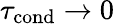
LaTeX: \tau_{\mathrm{cond}}\rightarrow 0